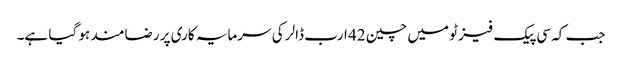
جب کہ سی پیک فیز ٹو میں چین 42 ارب ڈالر کی سرمایہ کاری پر رضامند ہو گیا ہے۔